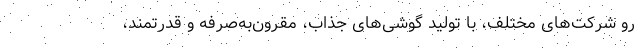
رو شرکت‌های مختلف، با تولید گوشی‌های جذاب، مقرون‌به‌صرفه و قدرتمند،